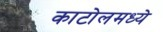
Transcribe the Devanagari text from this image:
काटोलमध्ये